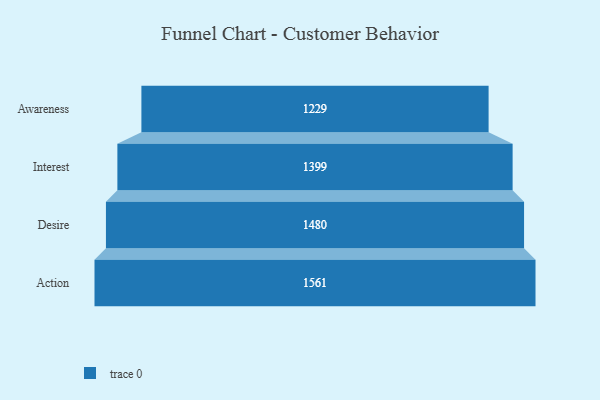
{"axis": {"x": "Stage", "y": "Value"}, "legend": [""], "data": [{"x": "Awareness", "y": 1229.0, "type": ""}, {"x": "Interest", "y": 1399.0, "type": ""}, {"x": "Desire", "y": 1480.0, "type": ""}, {"x": "Action", "y": 1561.0, "type": ""}]}